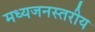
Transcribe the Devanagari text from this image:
मध्यजनस्तरीय